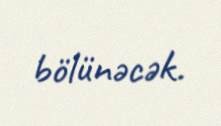
bölünəcək.